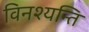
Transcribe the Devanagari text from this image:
विनश्यन्ति